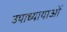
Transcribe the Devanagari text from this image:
उपाध्यायाओं